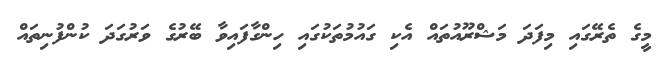
މީގެ ތެރޭގައި މިފަދަ މަޝްރޫއުތައް އެކި ގައުމުތަކުގައި ހިންގާފައިވާ ބޭރުގެ ވަރުގަދަ ކުންފުނިތައް